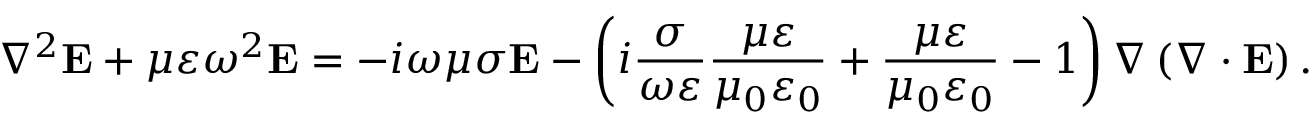
\nabla ^ { 2 } \mathbf { E } + \mu \varepsilon \omega ^ { 2 } \mathbf { E } = - i \omega \mu \sigma \mathbf { E } - \left( i \frac { \sigma } { \omega \varepsilon } \frac { \mu \varepsilon } { \mu _ { 0 } \varepsilon _ { 0 } } + \frac { \mu \varepsilon } { \mu _ { 0 } \varepsilon _ { 0 } } - 1 \right) \nabla \left( \nabla \cdot \mathbf { E } \right) .